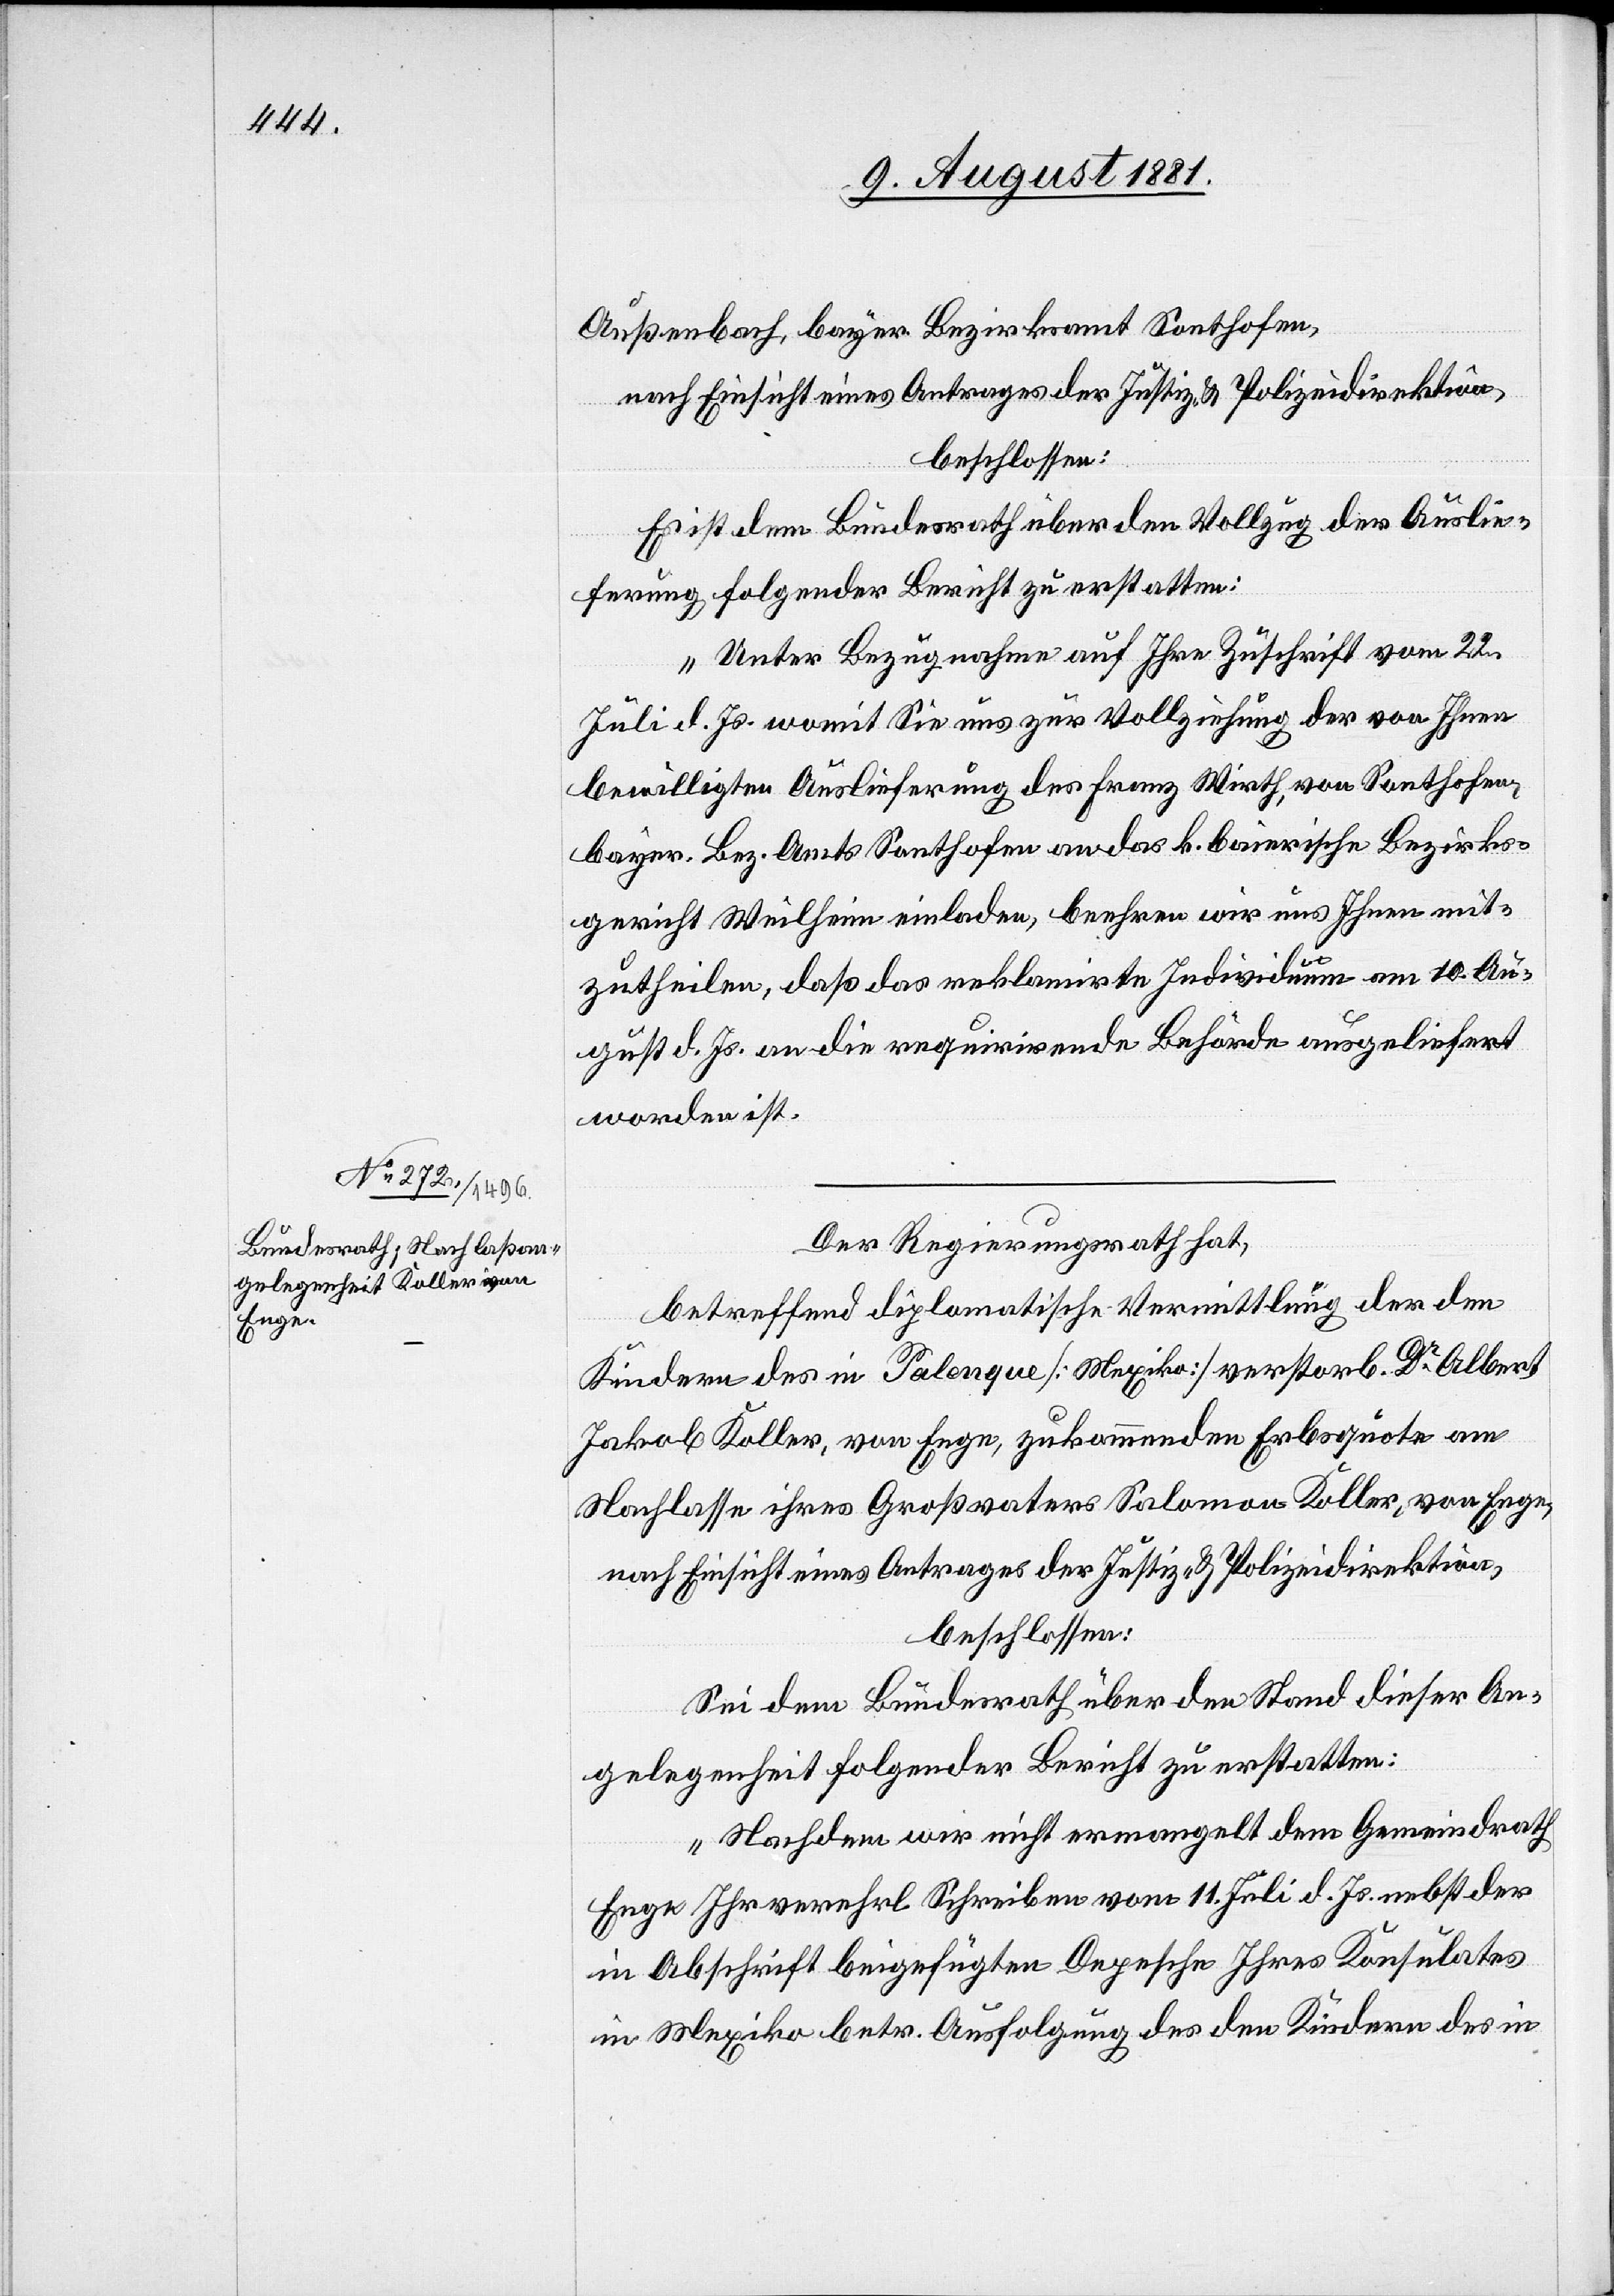
11. August 1881.]
Außenbach, bayer. Bezirksamt Sonthofen,
nach Einsicht eines Antrages der Justiz- & Polizeidirektion,
beschlossen:
Es ist dem Bundesrath über den Vollzug der Auslie¬
ferung folgender Bericht zu erstatten:
„Unter Bezugnahme auf Ihre Zuschrift vom 22.
Juli d. Js. womit Sie uns zur Vollziehung der von Ihnen
bewilligten Auslieferung des Franz Wirth, von Sonthofen,
bayer. Bez. Amts Sonthofen an das k. baierische Bezirks¬
gericht Weilheim einladen, beehren wir uns Ihnen mit¬
zutheilen, daß das reklamirte Individuum am 10. Au¬
gust d. Js. an die requirirende Behörde ausgeliefert
worden ist.
Der Regierungsrath hat,
betreffend diplomatische Vermittlung der den
Kindern des in Palenque [Mexiko] verstorb. Dr Albert
Jakob Koller, von Enge, zukommenden Erbsquote am
Nachlasse ihres Großvaters Salomon Koller, von Enge,
nach Einsicht eines Antrages der Justiz- & Polizeidirektion,
beschlossen:
Sei dem Bundesrath über den Stand dieser An¬
gelegenheit folgender Bericht zu erstatten:
„Nachdem wir nicht ermangelt[,] dem Gemeindrath
Enge Ihr verehrl. Schreiben vom 11. Juli d. Js. nebst der
in Absicht beigefügten Depesche Ihres Konsulates
in Mexiko betr. Ausfolgung des den Kindern des in